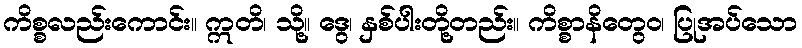
ကိစ္စလည်းကောင်း။ ဣတိ၊ သို့။ ဒွေ၊ နှစ်ပါးတို့တည်း။ ကိစ္စာနိတွေဝ၊ ပြုအပ်သော